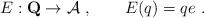
LaTeX: \begin{align*}E: \mathbf{Q} \to \mathcal{A}~, \qquad E(q) = qe~.\end{align*}